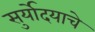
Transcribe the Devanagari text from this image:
सुर्योदयाचे